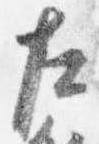
左